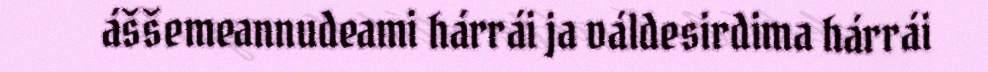
áššemeannudeami hárrái ja váldesirdima hárrái